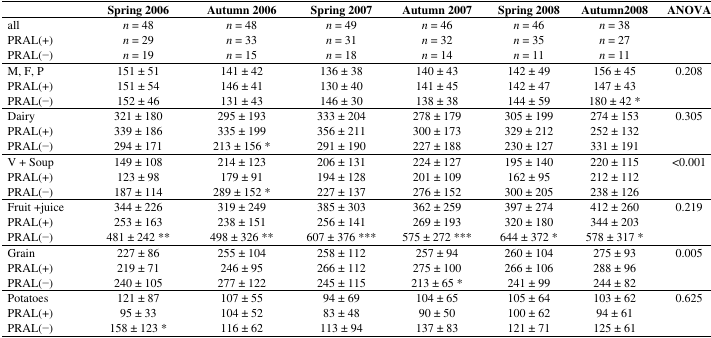
<table><thead><tr><td></td><td><b>Spring 2006</b></td><td><b>Autumn 2006</b></td><td><b>Spring 2007</b></td><td><b>Autumn 2007</b></td><td><b>Spring 2008</b></td><td><b>Autumn2008</b></td><td><b>ANOVA</b></td></tr></thead><tbody><tr><td>all</td><td><i>n</i> = 48</td><td><i>n</i> = 48</td><td><i>n</i> = 49</td><td><i>n</i> = 46</td><td><i>n</i> = 46</td><td><i>n</i> = 38</td><td rowspan="3"></td></tr><tr><td>PRAL(+)</td><td><i>n</i> = 29</td><td><i>n</i> = 33</td><td><i>n</i> = 31</td><td><i>n</i> = 32</td><td><i>n</i> = 35</td><td><i>n</i> = 27</td></tr><tr><td>PRAL(−)</td><td><i>n</i> = 19</td><td><i>n</i> = 15</td><td><i>n</i> = 18</td><td><i>n</i> = 14</td><td><i>n</i> = 11</td><td><i>n</i> = 11</td></tr><tr><td>M, F, P</td><td>151 ± 51</td><td>141 ± 42</td><td>136 ± 38</td><td>140 ± 43</td><td>142 ± 49</td><td>156 ± 45</td><td>0.208</td></tr><tr><td>PRAL(+) </td><td>151 ± 54</td><td>146 ± 41</td><td>130 ± 40</td><td>141 ± 45</td><td>142 ± 47</td><td>147 ± 43</td><td rowspan="2"></td></tr><tr><td>PRAL(−) </td><td>152 ± 46</td><td>131 ± 43</td><td>146 ± 30</td><td>138 ± 38</td><td>144 ± 59</td><td>180 ± 42 *</td></tr><tr><td>Dairy</td><td>321 ± 180</td><td>295 ± 193</td><td>333 ± 204</td><td>278 ± 179</td><td>305 ± 199</td><td>274 ± 153</td><td>0.305</td></tr><tr><td>PRAL(+) </td><td>339 ± 186</td><td>335 ± 199</td><td>356 ± 211</td><td>300 ± 173</td><td>329 ± 212</td><td>252 ± 132</td><td rowspan="2"></td></tr><tr><td>PRAL(−) </td><td>294 ± 171</td><td>213 ± 156 *</td><td>291 ± 190</td><td>227 ± 188</td><td>230 ± 127</td><td>331 ± 191</td></tr><tr><td>V + Soup</td><td>149 ± 108</td><td>214 ± 123</td><td>206 ± 131</td><td>224 ± 127</td><td>195 ± 140</td><td>220 ± 115</td><td>&lt;0.001</td></tr><tr><td>PRAL(+) </td><td>123 ± 98</td><td>179 ± 91</td><td>194 ± 128</td><td>201 ± 109</td><td>162 ± 95</td><td>212 ± 112</td><td rowspan="2"></td></tr><tr><td>PRAL(−) </td><td>187 ± 114</td><td>289 ± 152 *</td><td>227 ± 137</td><td>276 ± 152</td><td>300 ± 205</td><td>238 ± 126</td></tr><tr><td>Fruit +juice</td><td>344 ± 226</td><td>319 ± 249</td><td>385 ± 303</td><td>362 ± 259</td><td>397 ± 274</td><td>412 ± 260</td><td>0.219</td></tr><tr><td>PRAL(+) </td><td>253 ± 163</td><td>238 ± 151</td><td>256 ± 141</td><td>269 ± 193</td><td>320 ± 180</td><td>344 ± 203</td><td rowspan="2"></td></tr><tr><td>PRAL(−) </td><td>481 ± 242 **</td><td>498 ± 326 **</td><td>607 ± 376 ***</td><td>575 ± 272 ***</td><td>644 ± 372 *</td><td>578 ± 317 *</td></tr><tr><td>Grain</td><td>227 ± 86</td><td>255 ± 104</td><td>258 ± 112</td><td>257 ± 94</td><td>260 ± 104</td><td>275 ± 93</td><td>0.005</td></tr><tr><td>PRAL(+)</td><td>219 ± 71</td><td>246 ± 95</td><td>266 ± 112</td><td>275 ± 100</td><td>266 ± 106</td><td>288 ± 96</td><td rowspan="2"></td></tr><tr><td>PRAL(−)</td><td>240 ± 105</td><td>277 ± 122</td><td>245 ± 115</td><td>213 ± 65 *</td><td>241 ± 99</td><td>244 ± 82</td></tr><tr><td>Potatoes </td><td>121 ± 87</td><td>107 ± 55</td><td>94 ± 69</td><td>104 ± 65</td><td>105 ± 64</td><td>103 ± 62</td><td>0.625</td></tr><tr><td>PRAL(+) </td><td>95 ± 33</td><td>104 ± 52</td><td>83 ± 48</td><td>90 ± 50</td><td>100 ± 62</td><td>94 ± 61</td><td rowspan="2"></td></tr><tr><td>PRAL(−) </td><td>158 ± 123 *</td><td>116 ± 62</td><td>113 ± 94</td><td>137 ± 83</td><td>121 ± 71</td><td>125 ± 61</td></tr></tbody></table>